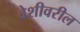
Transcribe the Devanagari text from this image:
वेशीवरील